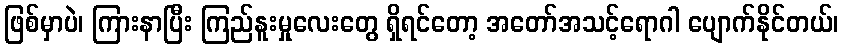
ဖြစ်မှာပဲ၊ ကြားနာပြီး ကြည်နူးမှုလေးတွေ ရှိရင်တော့ အတော်အသင့်ရောဂါ ပျောက်နိုင်တယ်၊